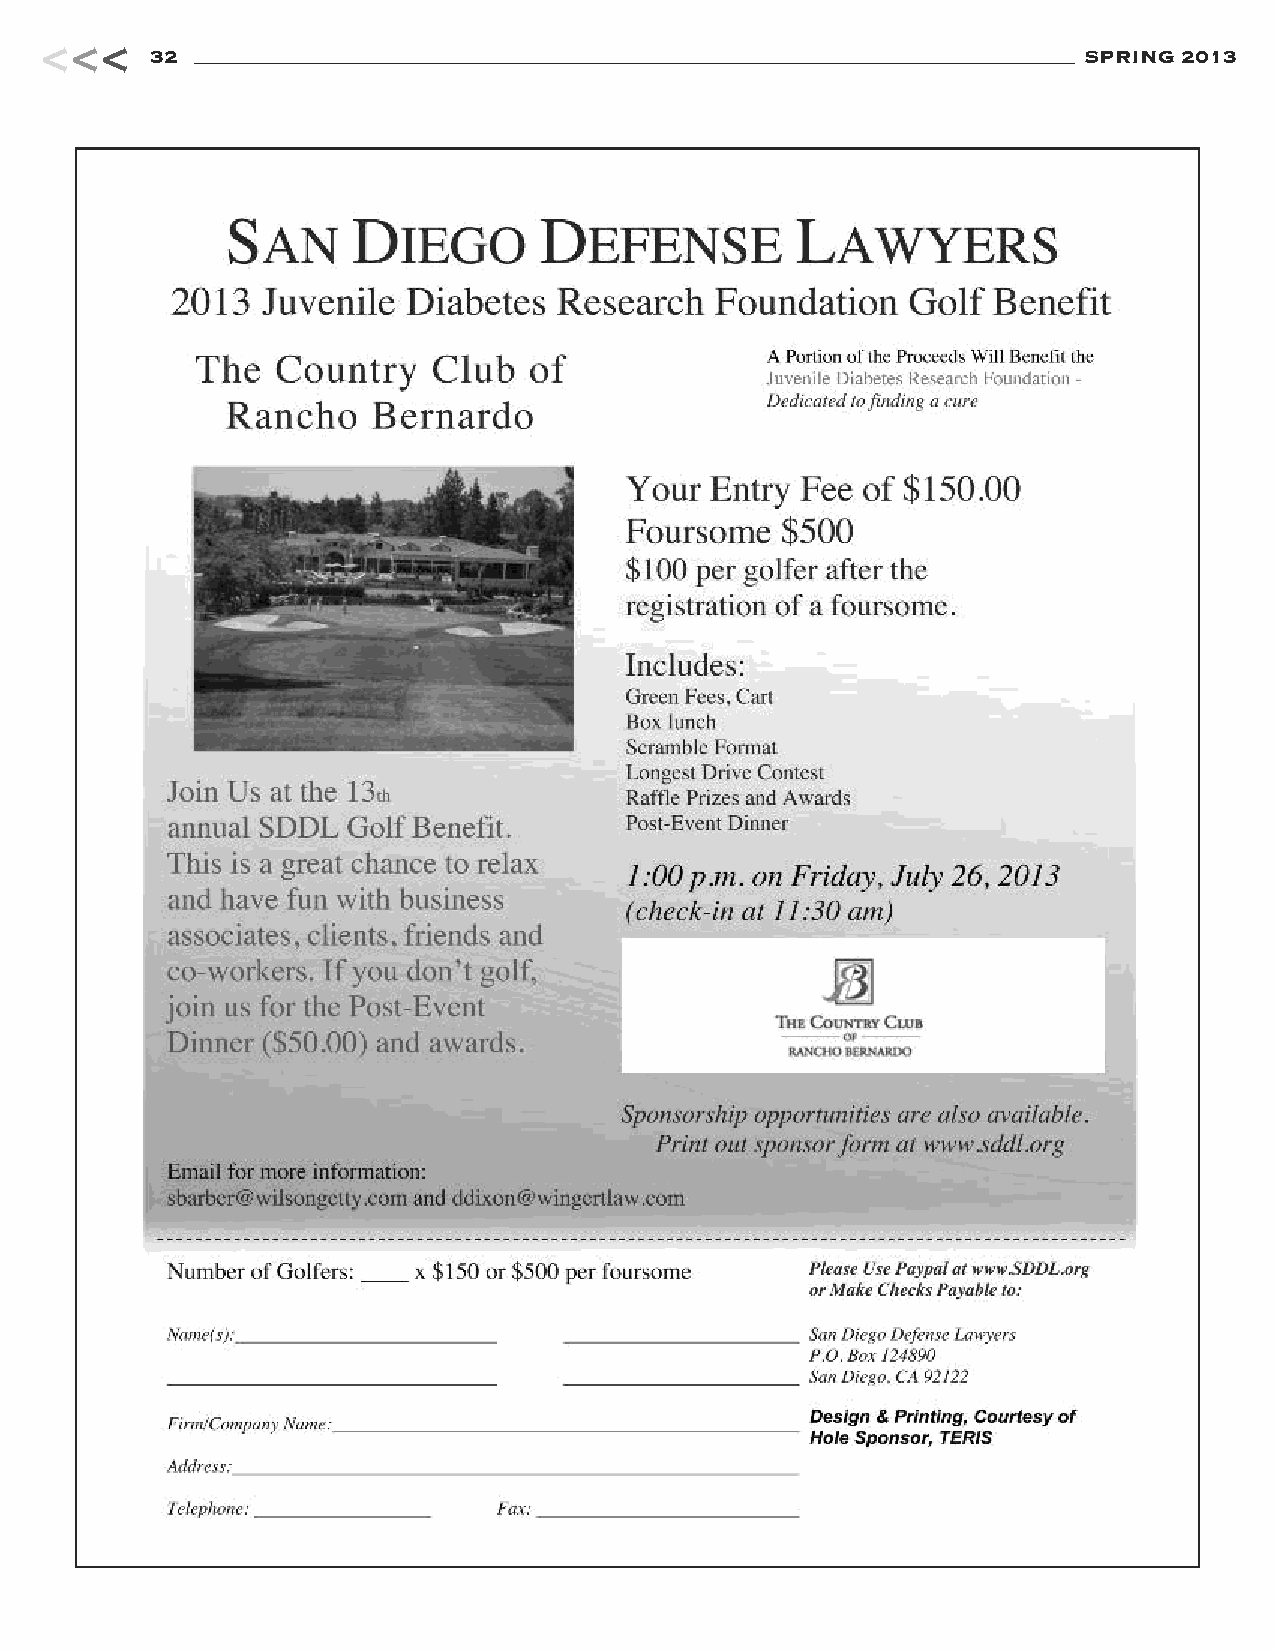
<<<
 32                                                            SPRING 2013